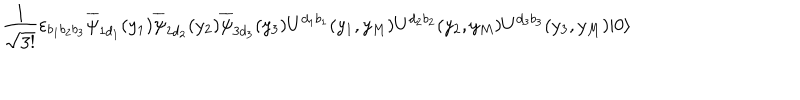
\frac { 1 } { \sqrt { 3 ! } } \varepsilon _ { b _ { 1 } b _ { 2 } b _ { 3 } } \overline { { { \psi } } } _ { 1 d _ { 1 } } ( y _ { 1 } ) \overline { { { \psi } } } _ { 2 d _ { 2 } } ( y _ { 2 } ) \overline { { { \psi } } } _ { 3 d _ { 3 } } ( y _ { 3 } ) U ^ { d _ { 1 } b _ { 1 } } ( y _ { 1 } , y _ { M } ) U ^ { d _ { 2 } b _ { 2 } } ( y _ { 2 } , y _ { M } ) U ^ { d _ { 3 } b _ { 3 } } ( y _ { 3 } , y _ { M } ) | 0 \rangle